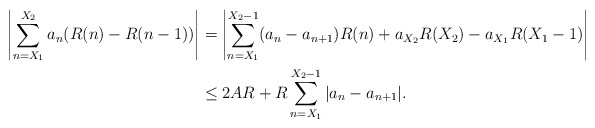
\begin{align*}\left| \sum_{n=X_1}^{X_2} a_n ( R(n)- R(n-1) ) \right| &= \left| \sum_{n=X_1}^{X_2 -1} ( a_n - a_{n+1} ) R(n) + a_{ X_2} R(X_2) - a_{X_1} R( X_1 - 1) \right| \\&\leq 2AR + R \sum_{n= X_1}^{X_2-1} |a_n - a_{n+1}|.\end{align*}